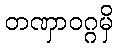
တဏှာဝဂ္ဂမှိ